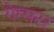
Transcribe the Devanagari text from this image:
गेम्सटर